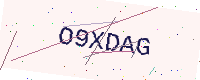
Text: O9XDAG